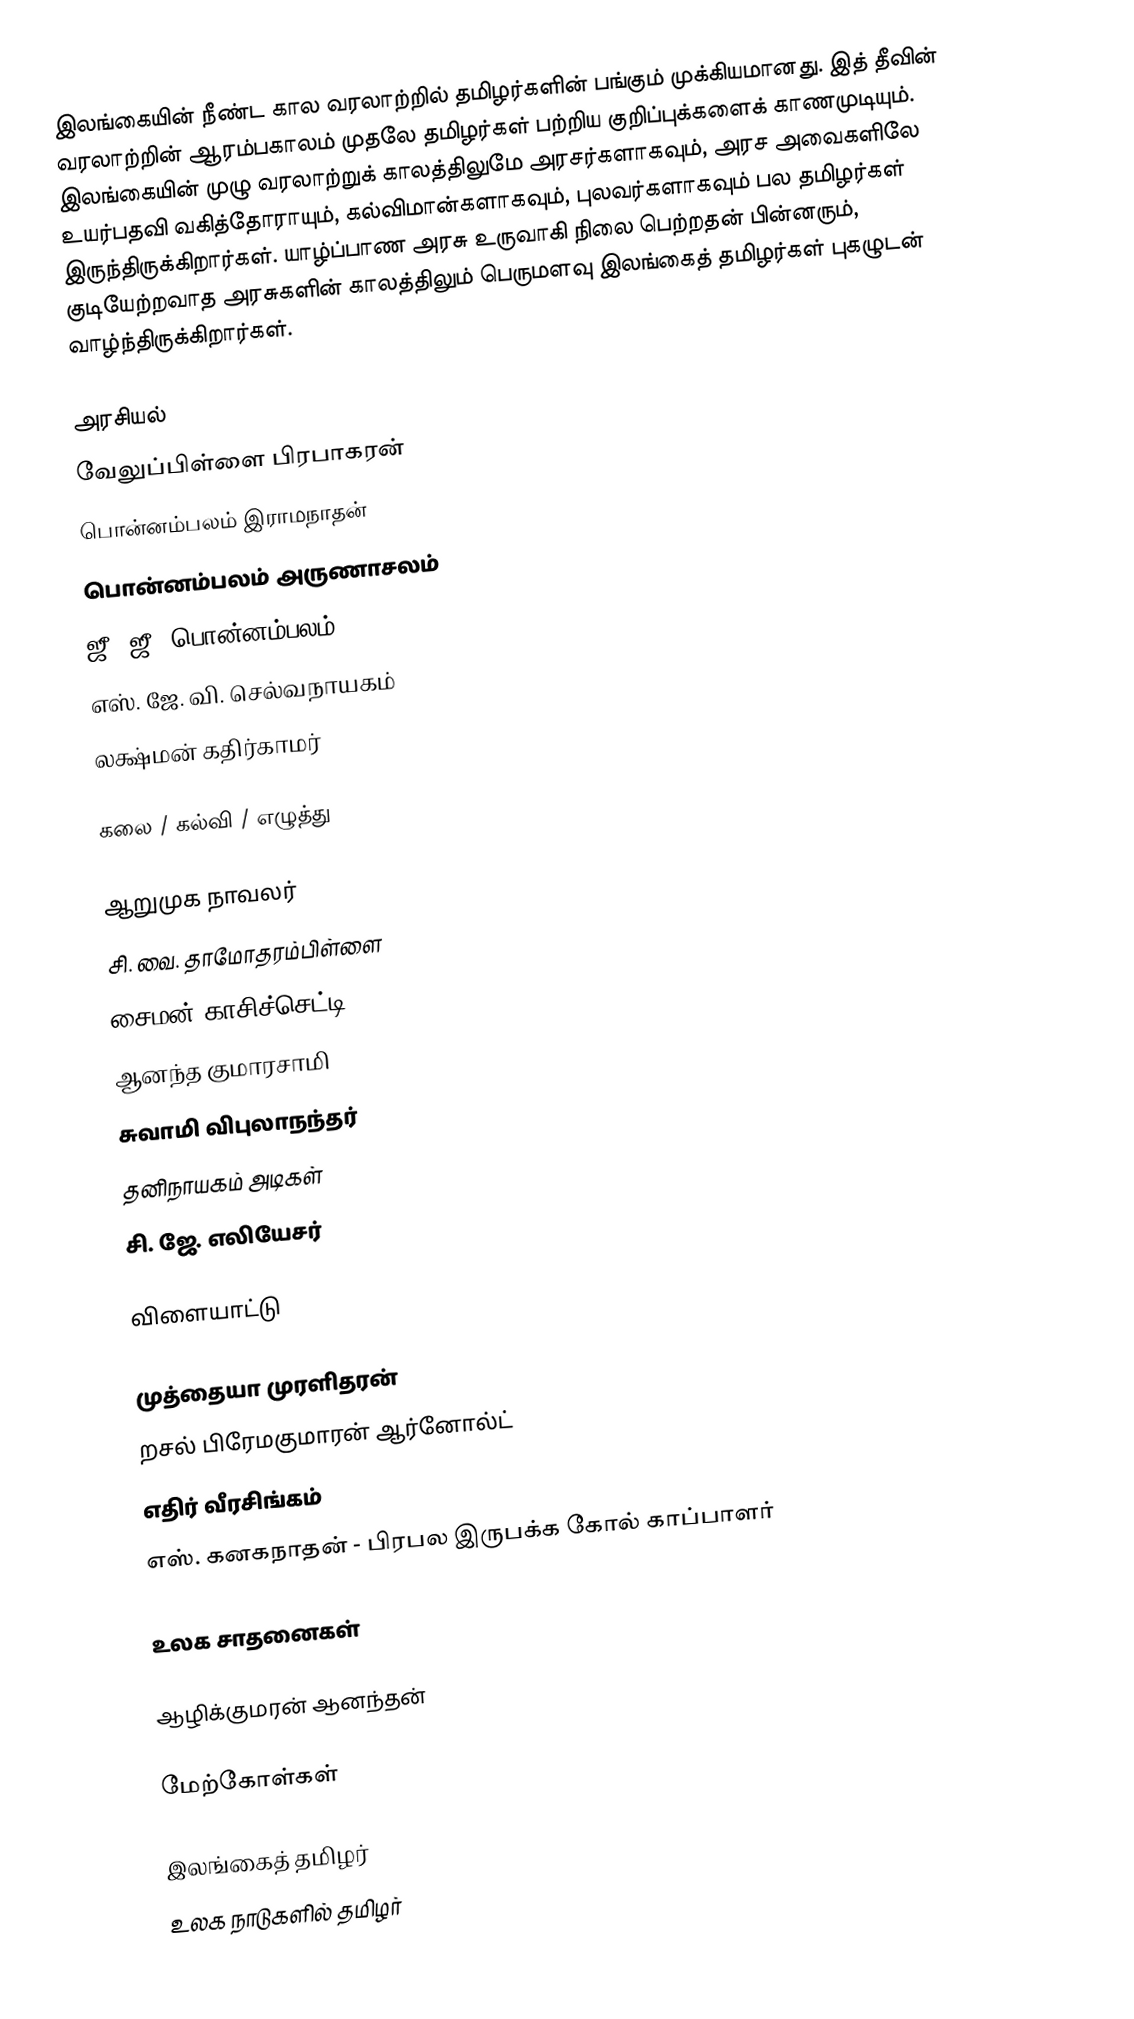
இலங்கையின் நீண்ட கால வரலாற்றில் தமிழர்களின் பங்கும் முக்கியமானது. இத் தீவின் வரலாற்றின் ஆரம்பகாலம் முதலே தமிழர்கள் பற்றிய குறிப்புக்களைக் காணமுடியும். இலங்கையின் முழு வரலாற்றுக் காலத்திலுமே அரசர்களாகவும், அரச அவைகளிலே உயர்பதவி வகித்தோராயும், கல்விமான்களாகவும், புலவர்களாகவும் பல தமிழர்கள் இருந்திருக்கிறார்கள். யாழ்ப்பாண அரசு உருவாகி நிலை பெற்றதன் பின்னரும், குடியேற்றவாத அரசுகளின் காலத்திலும் பெருமளவு இலங்கைத் தமிழர்கள் புகழுடன் வாழ்ந்திருக்கிறார்கள்.

அரசியல்
 வேலுப்பிள்ளை பிரபாகரன்
 பொன்னம்பலம் இராமநாதன்
 பொன்னம்பலம் அருணாசலம்
 ஜீ. ஜீ. பொன்னம்பலம்
 எஸ். ஜே. வி. செல்வநாயகம்
 லக்ஷ்மன் கதிர்காமர்

கலை / கல்வி / எழுத்து

 ஆறுமுக நாவலர்
 சி. வை. தாமோதரம்பிள்ளை
 சைமன் காசிச்செட்டி
 ஆனந்த குமாரசாமி
 சுவாமி விபுலாநந்தர்
 தனிநாயகம் அடிகள்
 சி. ஜே. எலியேசர்

விளையாட்டு

 முத்தையா முரளிதரன்
 றசல் பிரேமகுமாரன் ஆர்னோல்ட்
 எதிர் வீரசிங்கம்
 எஸ். கனகநாதன் - பிரபல இருபக்க கோல் காப்பாளர்

உலக சாதனைகள்

 ஆழிக்குமரன் ஆனந்தன்

மேற்கோள்கள்

இலங்கைத் தமிழர்
உலக நாடுகளில் தமிழர்